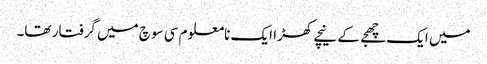
میں ایک چھجے کے نیچے کھڑا ایک نامعلوم سی سوچ میں گرفتار تھا۔